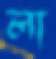
লা